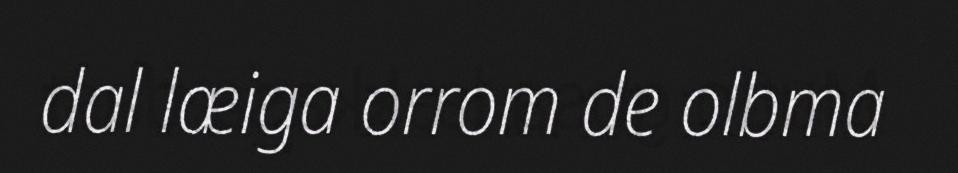
dal læiga orrom de olbma